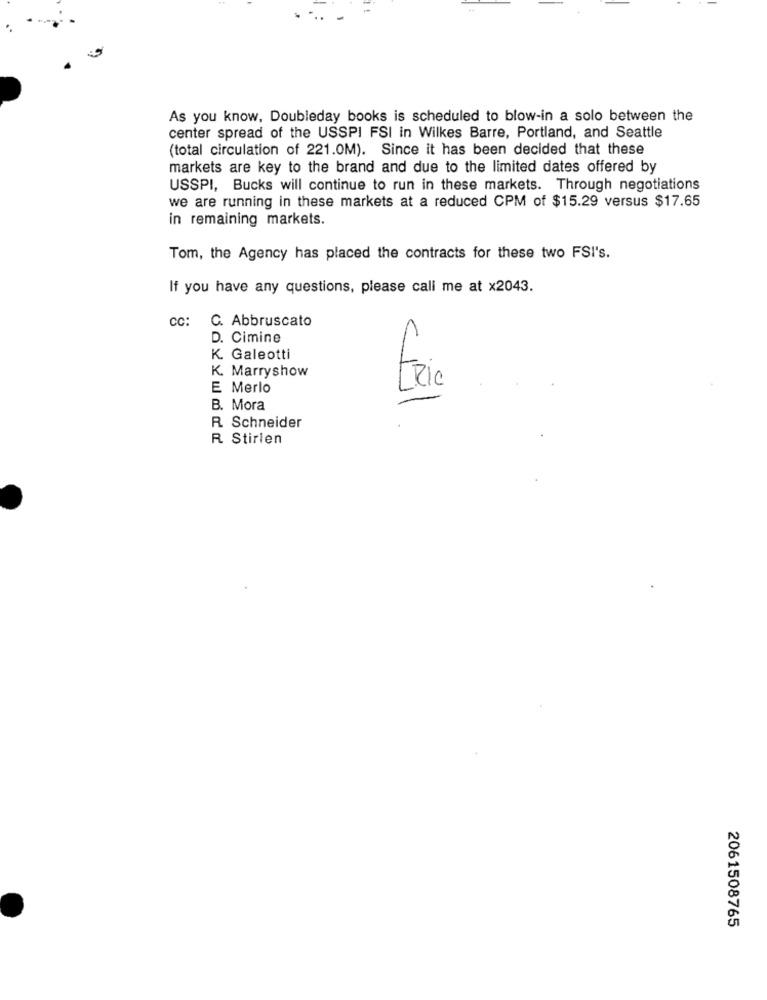
As you know, Doubleday books is scheduled to blow-in a solo between the
center spread of the USSPI FSI in Wilkes Barre, Portland, and Seattle
(total circulation of 221.0M). Since it has been decided that these
markets are key to the brand and due to the limited dates offered by
USSPI, Bucks will continue to run in these markets. Through negotiations
we are running in these markets at a reduced CPM of $15.29 versus $17.65
in remaining markets.
Tom, the Agency has placed the contracts for these two FSI's.
If you have any questions, please call me at x2043.
CC:
C. Abbruscato
D. Cimine
K. Galeotti
K. Marryshow
E Merlo
tric
B. Mora
R Schneider
R Stirlen
2061508765